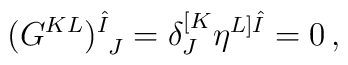
(G^{KL})^{\hat{I}}_{~J}=\delta^{[K}_J\eta^{L]\hat{I}}=0\,,